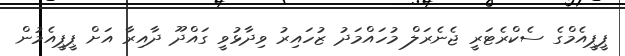
ޕީޕީއެމްގެ ސެކްރެޓަރީ ޖެނެރަލް މުހައްމަދު ޒުހައިރު ވިދާޅުވީ ގައްދޫ ދާއިރާ އަށް ޕީޕީއެމުން